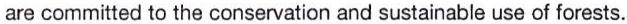
are committed to the conservation and sustainable use of forests.